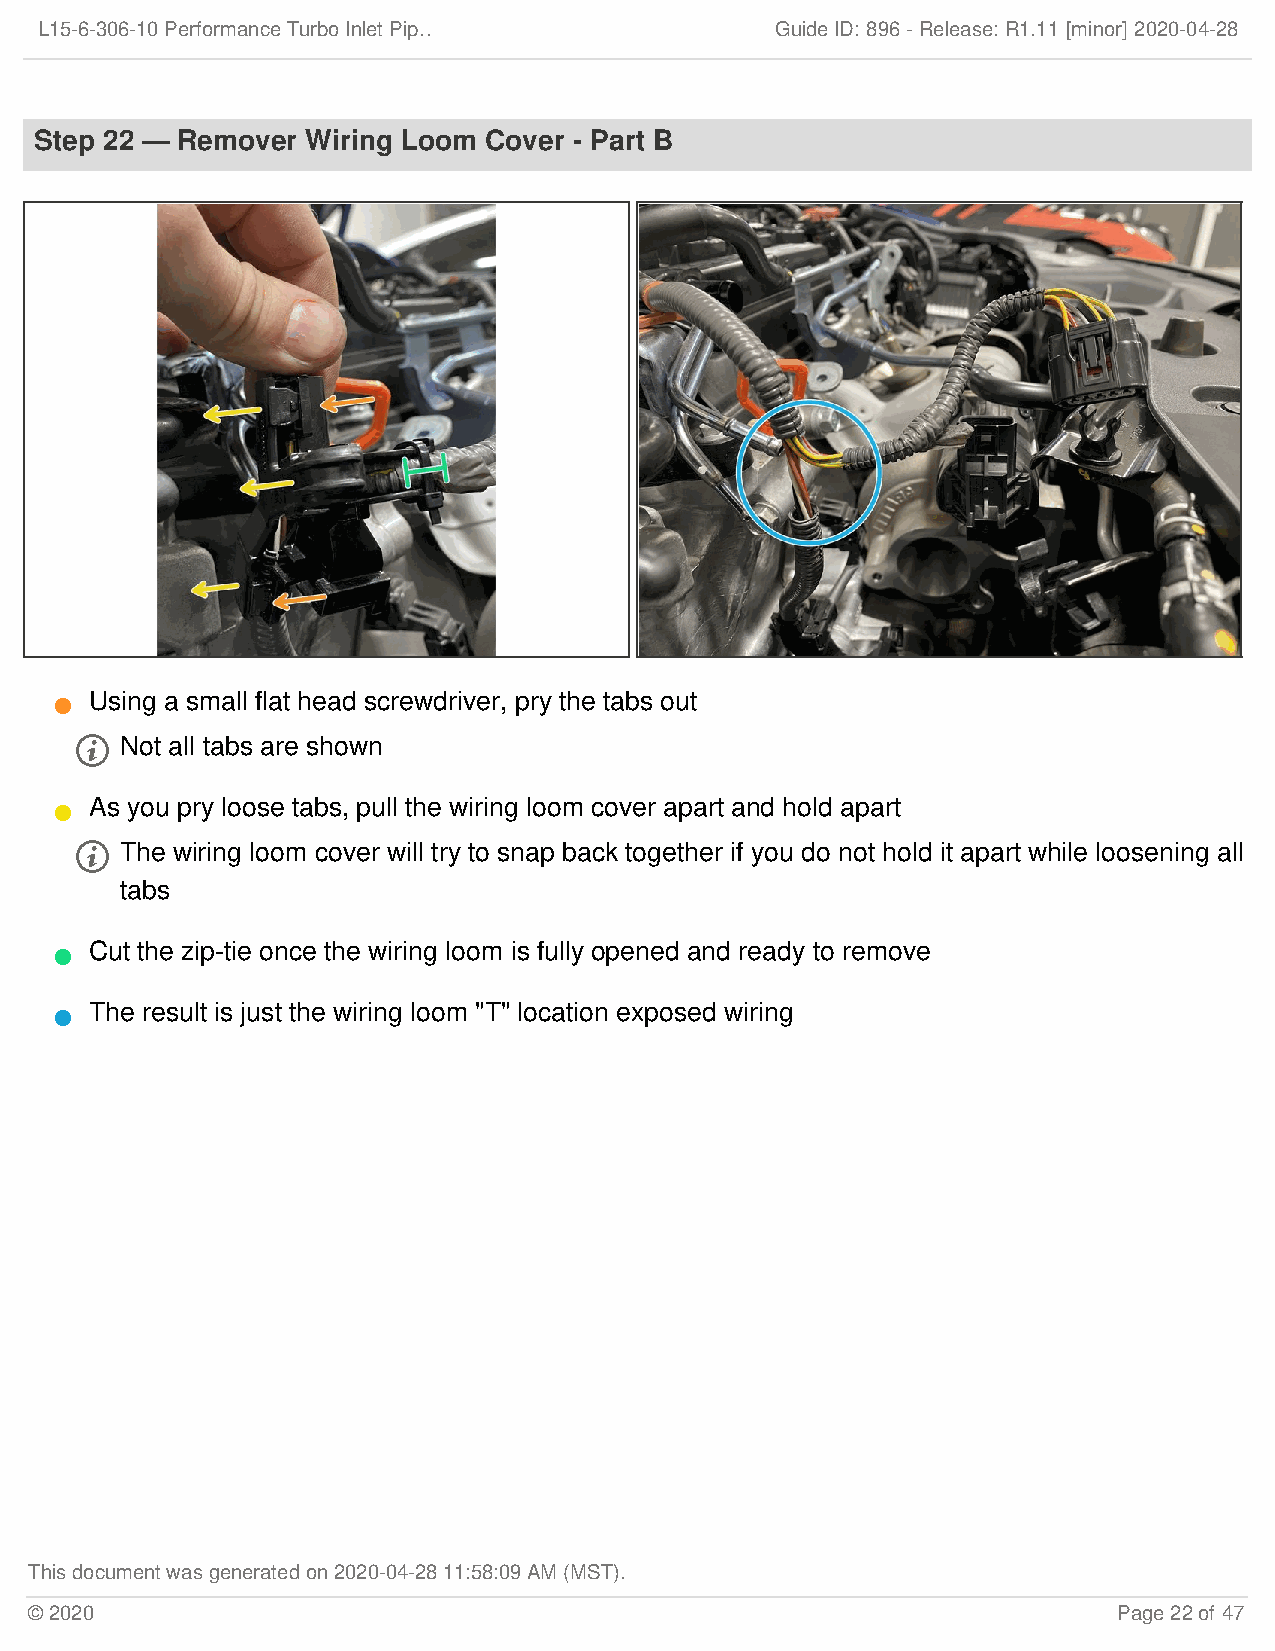
L15-6-306-10 Performance Turbo Inlet Pip…        Guide ID: 896 -Release:R1.11 [minor] 2020-04-28
 Step 22 — Remover Wiring Loom Cover - Part B
 Using a small flat head screwdriver, pry the tabs out
 
   Not all tabs are shown
 As you pry loose tabs, pull the wiring loom cover apart and hold apart
 
   The wiring loom cover will try to snap back together if you do not hold it apart while loosening all
 tabs
 Cut the zip-tie once the wiring loom is fully opened and ready to remove
 
 The result is just the wiring loom "T" location exposed wiring
 
 This document was generated on 2020-04-28 11:58:09 AM (MST).
 © 2020                                                                  Page 22 of 47